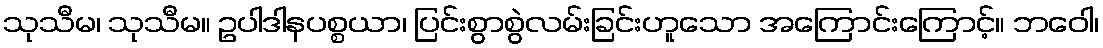
သုသီမ၊ သုသီမ။ ဥပါဒါနပစ္စယာ၊ ပြင်းစွာစွဲလမ်းခြင်းဟူသော အကြောင်းကြောင့်။ ဘဝေါ၊